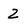
Character: 2